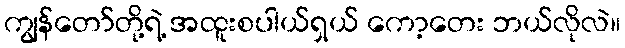
ကျွန်တော်တို့ရဲ့ အထူးစပါယ်ရှယ် ကော့တေး ဘယ်လိုလဲ။